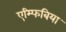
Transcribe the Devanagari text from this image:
एम्फिबिया